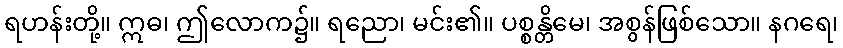
ရဟန်းတို့။ ဣဓ၊ ဤလောက၌။ ရညော၊ မင်း၏။ ပစ္စန္တိမေ၊ အစွန်ဖြစ်သော။ နဂရေ၊